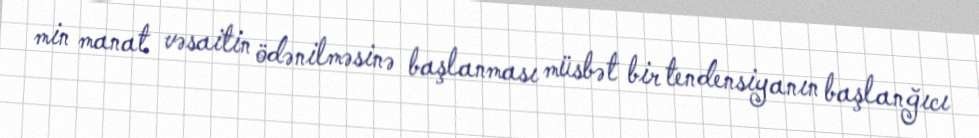
min manat vəsaitin ödənilməsinə başlanması müsbət bir tendensiyanın başlanğıcı